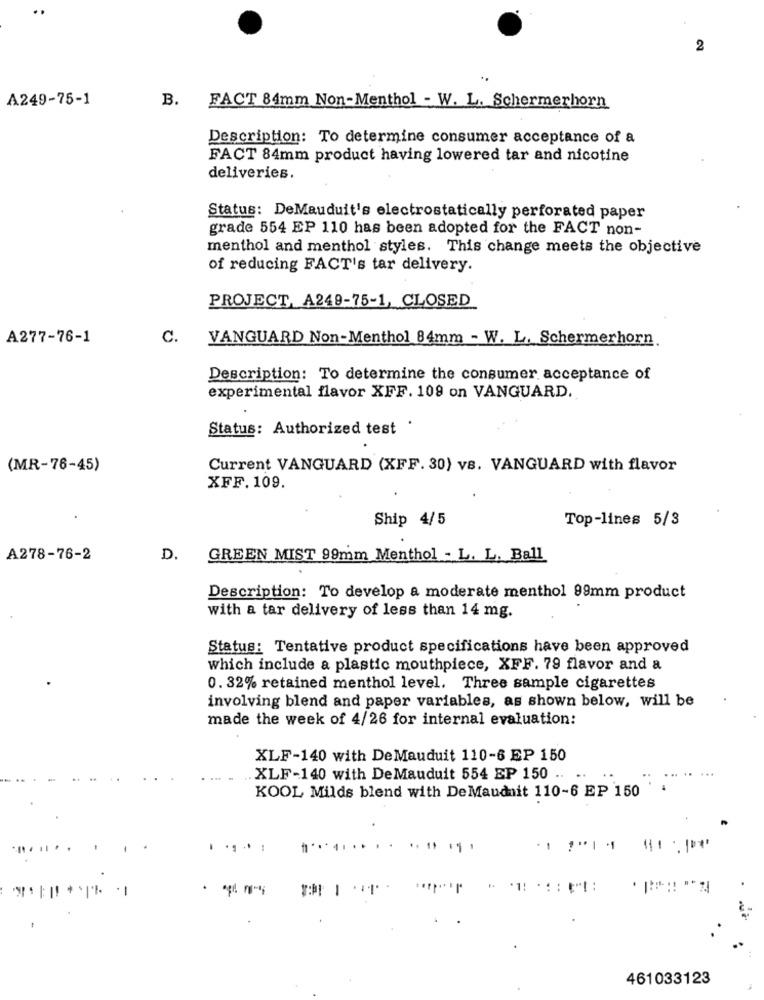
..
2
A249-75-1
B.
FACT 84mm Non-Menthol - W. L. Schermerhorn
Description: To determine consumer acceptance of a
FACT 84mm product having lowered tar and nicotine
deliveries.
Status: DeMauduit's electrostatically perforated paper
grade 554 EP 110 has been adopted for the FACT non-
menthol and menthol styles. This change meets the objective
of reducing FACT's tar delivery.
PROJECT, A249-75-1, CLOSED
A277-76-1
C.
VANGUARD Non-Menthol 84mm - W. L. Schermerhorn
Description: To determine the consumer acceptance of
experimental flavor XFF. 109 on VANGUARD.
Status: Authorized test
(MR-76-45)
Current VANGUARD (XFF. 30) vs. VANGUARD with flavor
XFF. 109.
Ship 4/5
Top-lines 5/3
A278-76-2
D.
GREEN MIST 99mm Menthol - L. L. Ball
Description: To develop a moderate menthol 99mm product
with a tar delivery of less than 14 mg.
Status: Tentative product specifications have been approved
which include a plastic mouthpiece, XFF. 79 flavor and a
0. 32% retained menthol level. Three sample cigarettes
involving blend and paper variables, as shown below, will be
made the week of 4/26 for internal evaluation:
XLF-140 with DeMauduit 110-6 EP 150
XLF-140 with DeMauduit 554 EP 150 ..
KOOL Milds blend with DeMaudnit 110-6 EP 150
...... .
..
. a
461033123